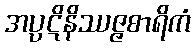
အပ္ပဋိနိဿဇ္ဇစာရိကံ